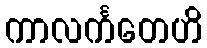
ကာလင်္ကတေဟိ